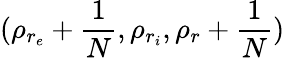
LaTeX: (\rho_{r_{e}}+\frac{1}{N},\rho_{r_{i}},\rho_{r}+\frac{1}{N})